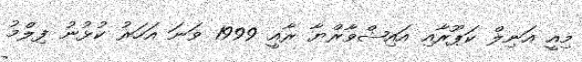
މިއީ އަނިލް ކަޕޫރާއި އައިޝްވާރްޔާ ރާއީ 1999 ވަނަ އަހަރު ކުޅުނު ފިލްމު